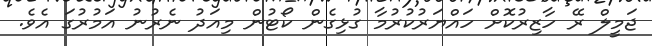
ޖަމީލް ރޭ ހާޒިރުކޮށް ހައްޔަރުކުރުމާ ގުޅިގެން ކޯޓުން މިއަދު ނެރުނު އަމުރުގަ އެވެ.